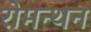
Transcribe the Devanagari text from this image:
रोमन्थन